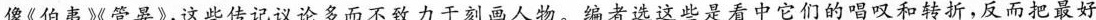
像《伯夷减管晏》，这些传记议论多而不致力于刻画人物。编者选这些是看中它们的唱叹和转折，反而把最好